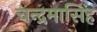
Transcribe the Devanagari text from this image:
चन्द्रमासिंह